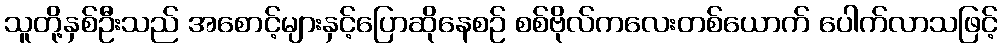
သူတို့နှစ်ဦးသည် အစောင့်များနှင့်ပြောဆိုနေစဉ် စစ်ဗိုလ်ကလေးတစ်ယောက် ပေါက်လာသဖြင့်